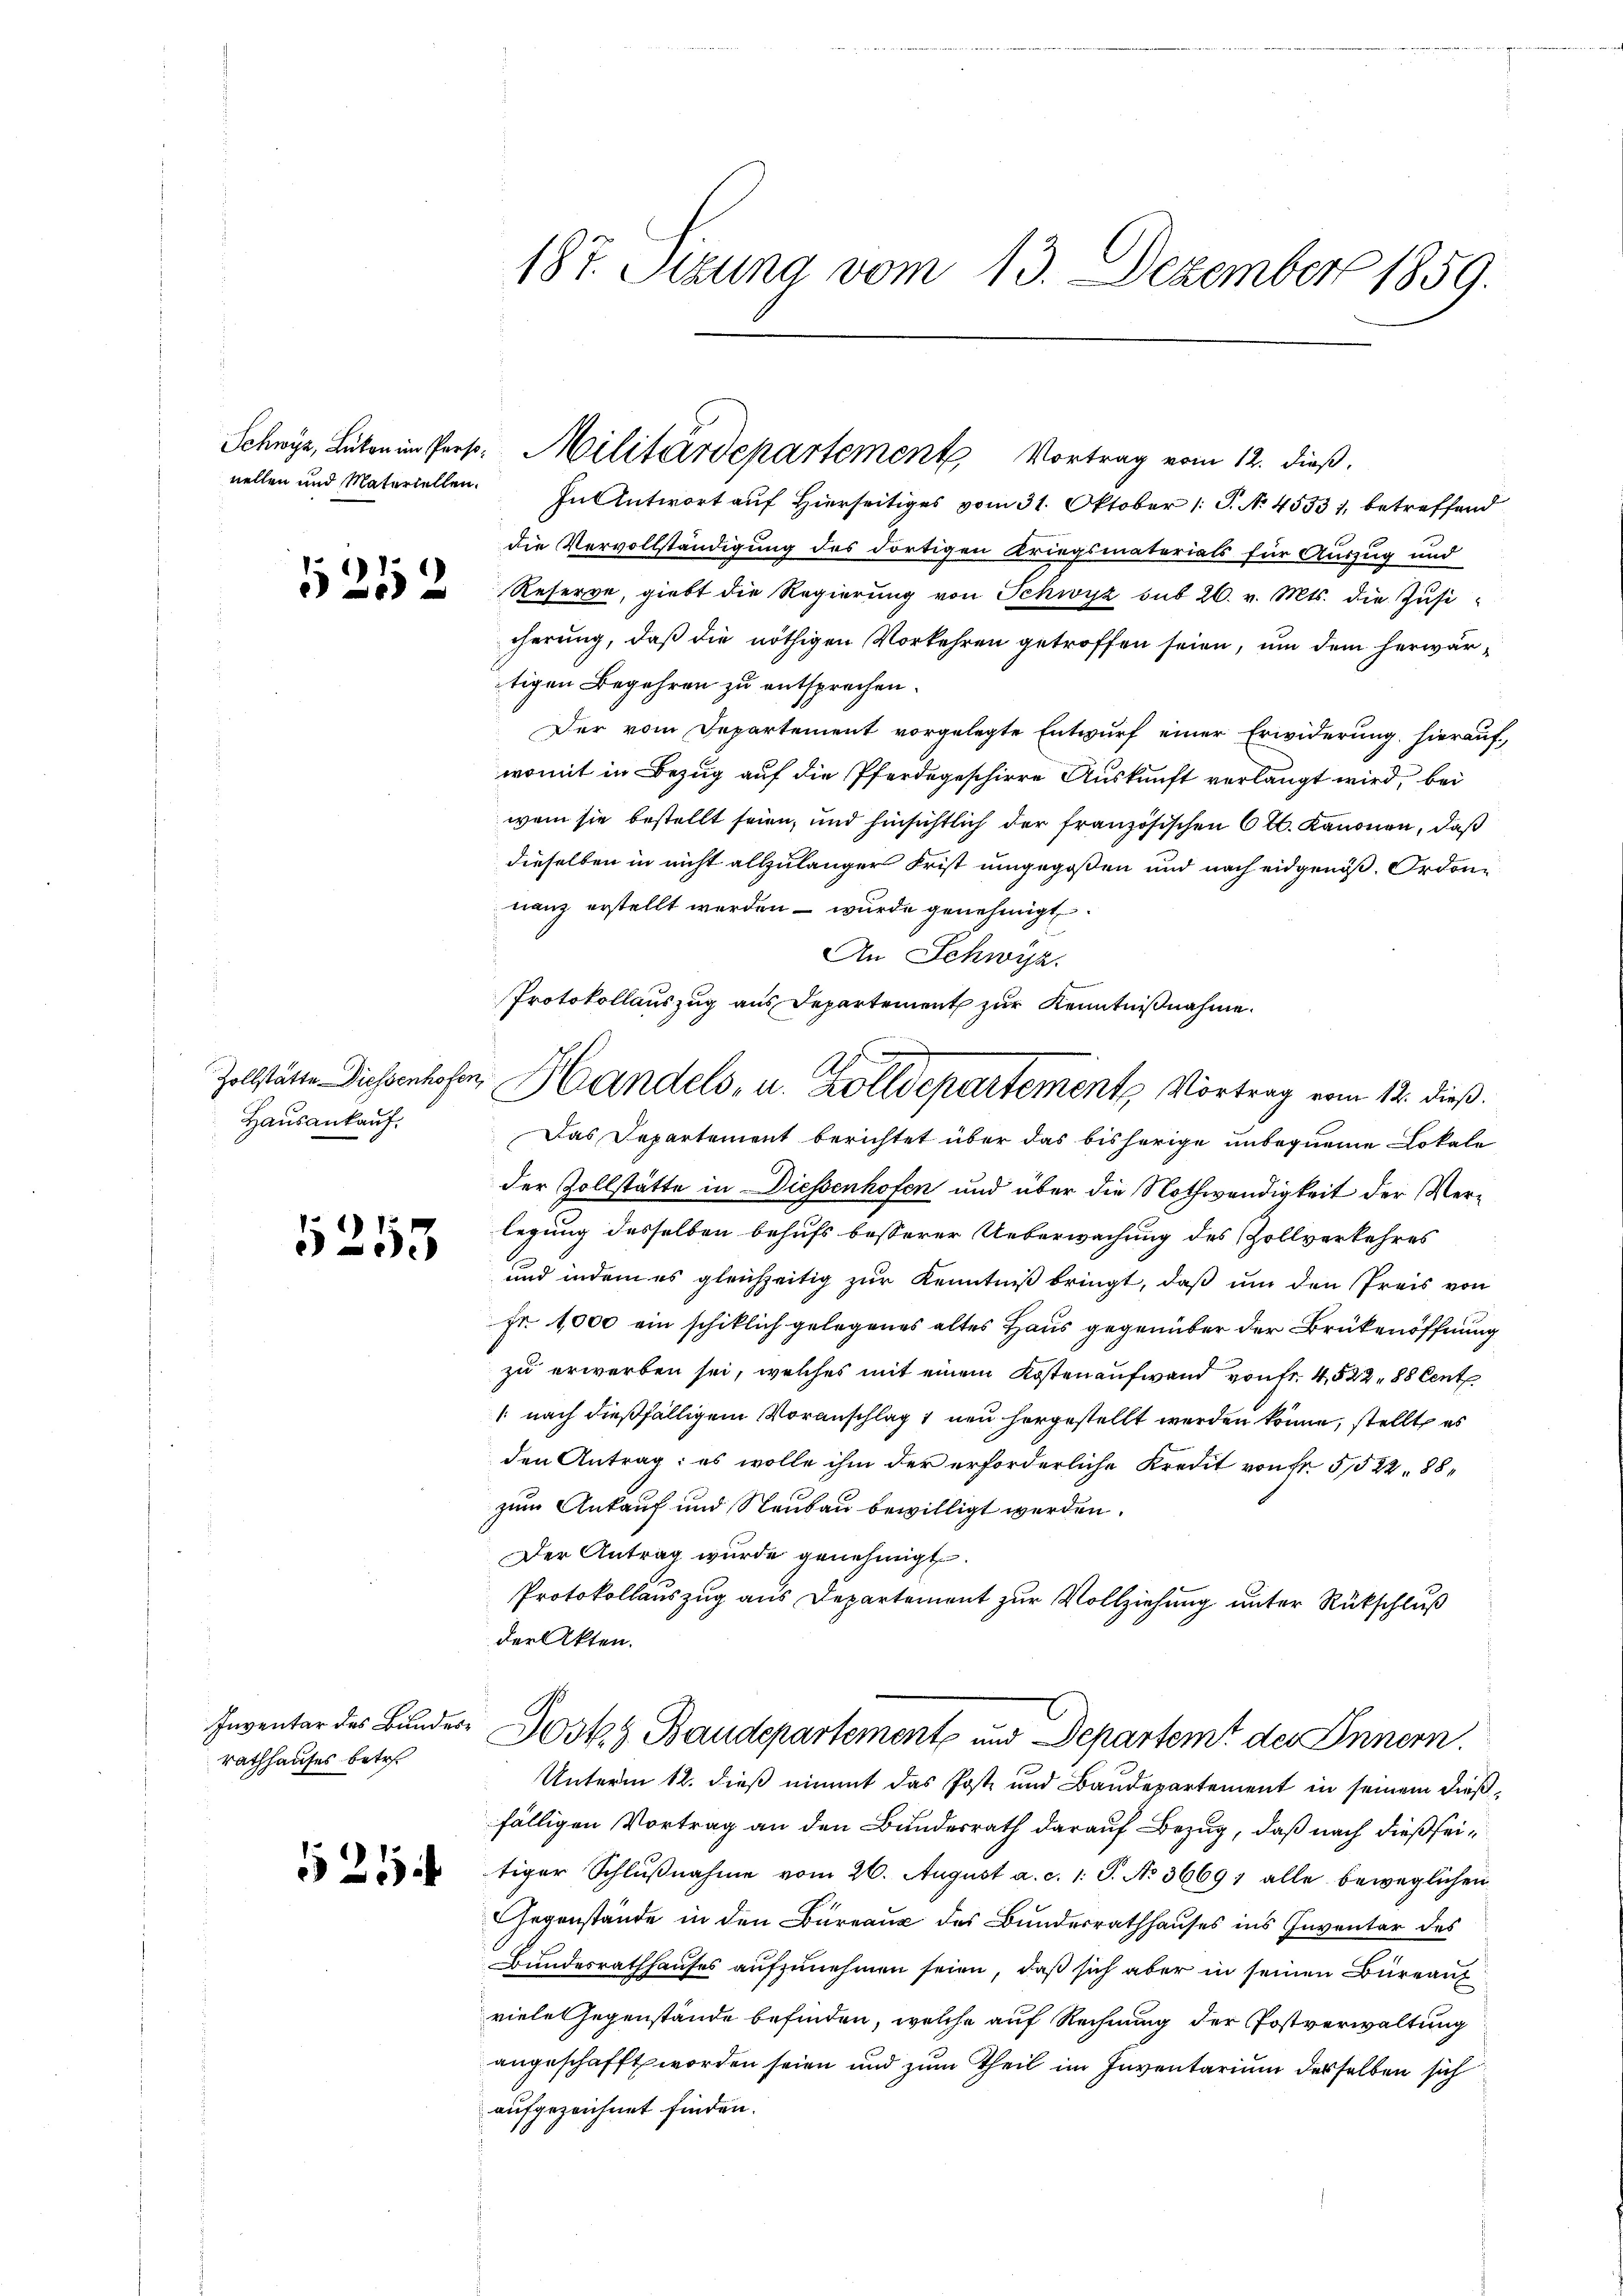
1252

Hausankauf.

5253

Rathhauses betre

521

187. Sitzung vom 13. Dezember 1859.

Schwyz, Lücken in Pers. Militärdepartement Vortrag vom 12. dieß.

nellen und Materiellen. In Antwort auf hierseitiges vom 31. Oktober /: P. No 45531, betreffend
die Vervollständigung des dortigen Kriegsmaterials für Auszug und
Reserve, giebt die Regierung von Schwyz sub 26. v. Mts. die Zusicherung, daß die nöthigen Vorkehren getroffen seien, um dem herwärtigen Begehren zu entsprechen.
Der vom Departement vorgelegte Entwurf einer Erwiderung, hierauf,
womit in Bezug auf die Pferdegeschirre Auskunft verlangt wird, bei
wem sie bestellt seien, und hinsichtlich der französischen 6tl. Kanonen, daß
dieselben in nicht allzulanger Frist umgegoßen und nach eidgenöß. Ordonnanz erstellt werden – wurde genehmigt
An Schwyz.
Das Departement berichtet über das bisherige unbequeme Lokale
der Zollstätte in Diessenhofen und über die Nothwendigkeit der Verlegung desselben behufs besserer Ueberwachung des Zollverkehres
und indem es gleichzeitig zŭr Kenntniß bringt, daß um den Preis von
Fr. 1000 ein schiklich gelegenes altes Haus gegenüber der Brükenöffnung
zu erwerben sei, welches mit einem Kosten aufwand von fr. 4, 522, 88 Cent
/: nach dießfälligem Voranschlag 1 neu hergestellt werden könne, stellt es
den Antrag; es wolle ihm der erforderliche Kredit von Fr. 5522 88
zum Ankauf und Neubau bewilligt werden.
Der Antrag wurde genehmigt.
Protokollauszug aus Departement zur Vollziehung unter Rückschluß
der Akten.
Inventar des Bunder Post. 3. Baudepartement und Departemt der Innern.
Unterm 12. dieß nimmt das Post und Baudepartement in seinem dießfälligen Vortrag an den Bundesrath darauf Bezug, daß nach dießseitiger Schlußnahme vom 26. August a. c. 1. S. No 3669; alle beweglichen
Gegenstände in den Bureaux des Bundesrathhauses ins Inventar des
Bundesrathhauses aufzunehmen seien, daß sich aber in seinen Büreauf
viele Gegenstände befinden, welche auf Rechnung der Postverwaltung
angeschafft worden seien und zum Theil im Inventarium desselben sich
aufgezeichnet finden.

Protokollauszug aus Departement zur Kenntnißnahme.
Zollstätte Diesenhofen, Handels, u. Zolldepartements Vortrag vom 12. dieß.